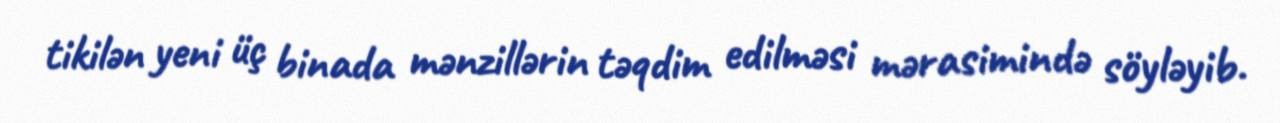
tikilən yeni üç binada mənzillərin təqdim edilməsi mərasimində söyləyib.